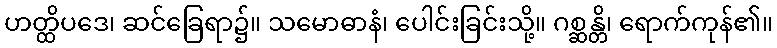
ဟတ္ထိပဒေ၊ ဆင်ခြေရာ၌။ သမောဓာနံ၊ ပေါင်းခြင်းသို့။ ဂစ္ဆန္တိ၊ ရောက်ကုန်၏။